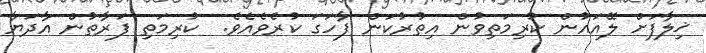
ޚިލާފަށް ލޭއައުން ކުރިމަތިވުން އިތުރުކަން ފާހަގަ ކުރެވެއެވެ.  ކުރިމަތި ފަރާތުން އާދަޔާ